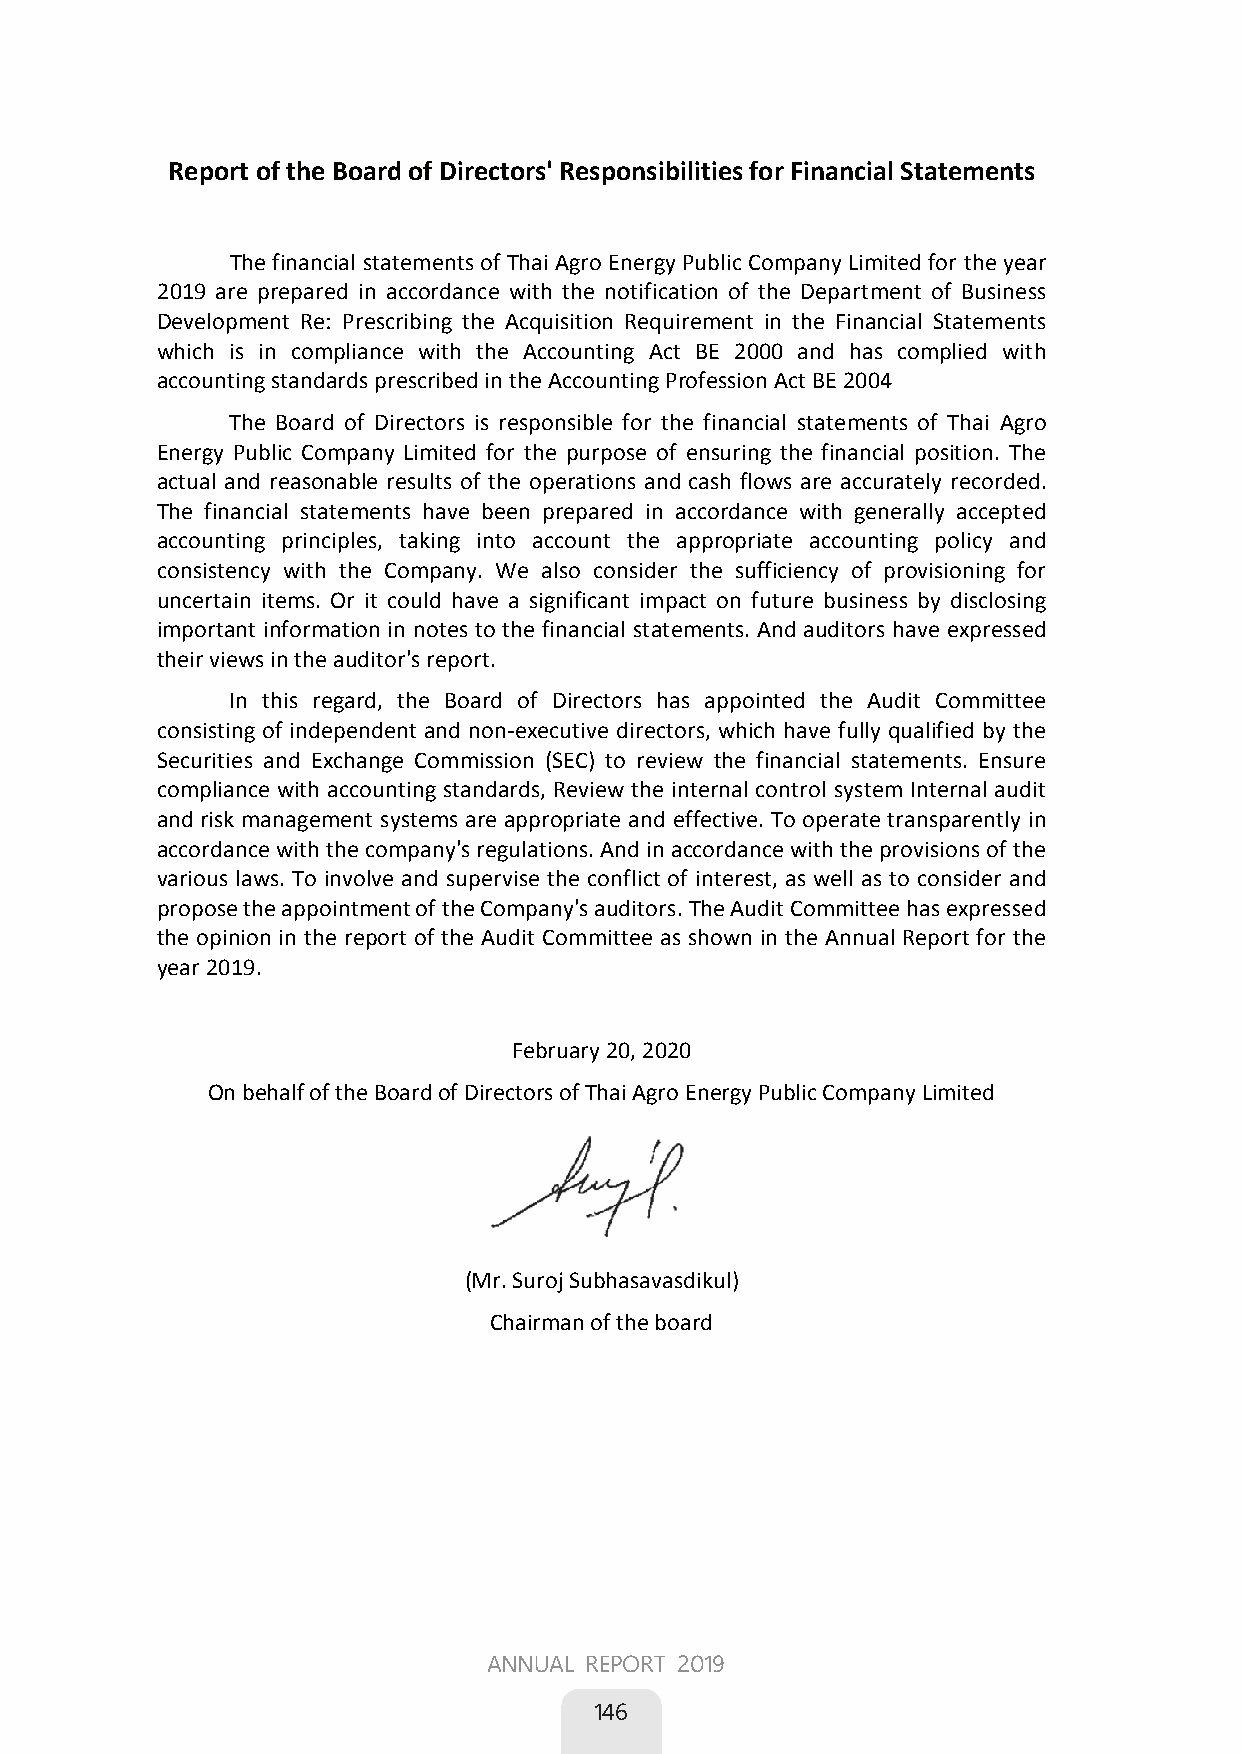
Report of the Board of Directors' Responsibilities for Financial Statements
 The financial statements of Thai Agro Energy Public Company Limited for the year
 2019 are prepared in accordance with the notification of the Department of Business
 Development Re: Prescribing the Acquisition Requirement in the Financial Statements
 which is in compliance with the Accounting Act BE 2000 and has complied with
 accounting standards prescribed in the Accounting Profession Act BE 2004
 The Board of Directors is responsible for the financial statements of Thai Agro
 Energy Public Company Limited for the purpose of ensuring the financial position. The
 actual and reasonable results of the operations and cash flows are accurately recorded.
 The financial statements have been prepared in accordance with generally accepted
 accounting principles, taking into account the appropriate accounting policy and
 consistency with the Company. We also consider the sufficiency of provisioning for
 uncertain items. Or it could have a significant impact on future business by disclosing
 important information in notes to the financial statements. And auditors have expressed
 their views in the auditor's report.
 In this regard, the Board of Directors has appointed the Audit Committee
 consisting of independent and non-executive directors, which have fully qualified by the
 Securities and Exchange Commission (SEC) to review the financial statements. Ensure
 compliance with accounting standards, Review the internal control system Internal audit
 and risk management systems are appropriate and effective. To operate transparently in
 accordance with the company's regulations. And in accordance with the provisions of the
 various laws. To involve and supervise the conflict of interest, as well as to consider and
 propose the appointment of the Company's auditors. The Audit Committee has expressed
 the opinion in the report of the Audit Committee as shown in the Annual Report for the
 year 2019.
 February 20, 2020
 On behalf of the Board of Directors of Thai Agro Energy Public Company Limited
 (Mr. Suroj Subhasavasdikul)
 Chairman of the board
 ANNUAL REPORT 2019
 146